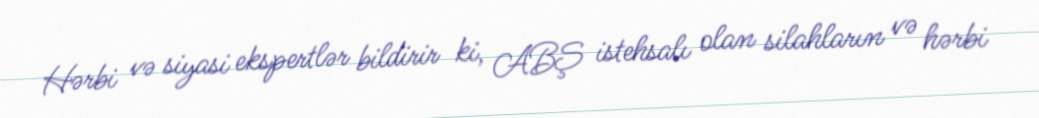
Hərbi və siyasi ekspertlər bildirir ki, ABŞ istehsalı olan silahların və hərbi